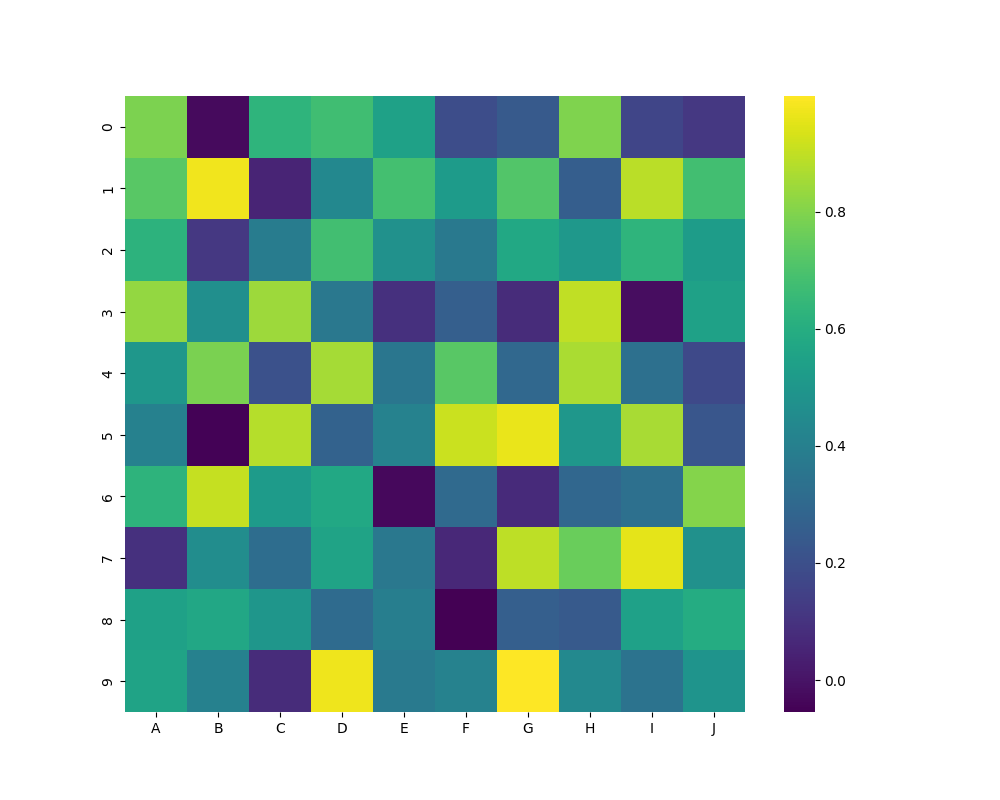
python, seaborn, heatmap, cmap='viridis', linewidths=0.0, center=none